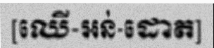
[ឈើ-អន់-ដោត]